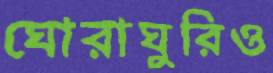
ঘোরাঘুরিও